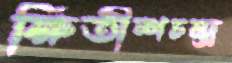
ক্ষিতীশচন্দ্র